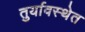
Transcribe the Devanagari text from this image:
तुर्यावस्थेत